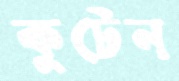
কুটেন